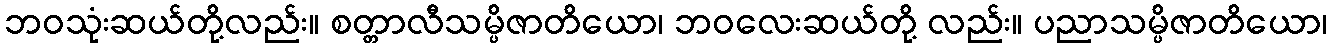
ဘဝသုံးဆယ်တို့လည်း။ စတ္တာလီသမ္ပိဇာတိယော၊ ဘဝလေးဆယ်တို့ လည်း။ ပညာသမ္ပိဇာတိယော၊